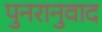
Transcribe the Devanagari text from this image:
पुनरानुवाद